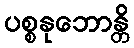
ပစ္စနုဘောန္တိ